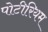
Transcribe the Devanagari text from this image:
पोटीरियम